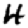
Digit: 4